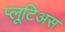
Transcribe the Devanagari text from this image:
प्लूटिअस